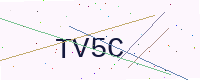
Text: TV5C